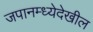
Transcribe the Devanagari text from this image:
जपानम्ध्येदेखील